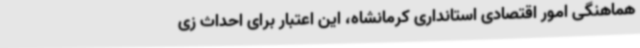
هماهنگی امور اقتصادی استانداری کرمانشاه، این اعتبار برای احداث زی